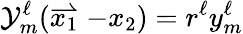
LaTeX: {\cal Y}_{m}^{\ell}(\stackrel{\rightharpoonup}{x_{1}}-x_{2})=r^{\ell}y_{m}^{\ell}